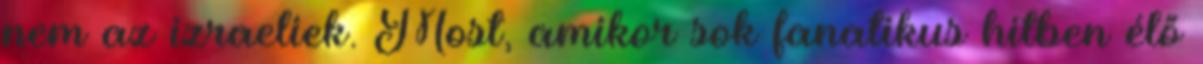
nem az izraeliek. Most, amikor sok fanatikus hitben élő